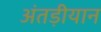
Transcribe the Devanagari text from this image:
अंतड़ीयान